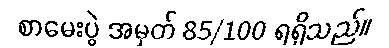
စာမေးပွဲ အမှတ် 85/100 ရရှိသည်။